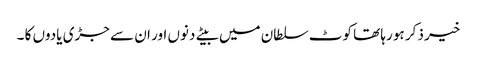
خیر ذکر ہو رہا تھا کوٹ سلطان میں بیتے دنوں اور ان سے جڑی یادوں کا ۔